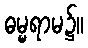
ဓမ္မရာမ၌။